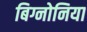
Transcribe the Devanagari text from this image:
बिग्नोनिया